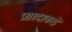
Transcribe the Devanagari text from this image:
प्रसादाकडे